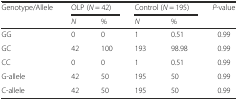
| <ROWSPAN=2> Genotype/Allele | <COLSPAN=2> OLP (N = 42) | <COLSPAN=2> Control (N = 195) | <ROWSPAN=2> P-value |
 | N | % | N | % |
 | --- | --- | --- | --- | --- | --- |
 | GG | 0 | 0 | 1 | 0.51 | 0.99 |
 | GC | 42 | 100 | 193 | 98.98 | 0.99 |
 | CC | 0 | 0 | 1 | 0.51 | 0.99 |
 | G-allele | 42 | 50 | 195 | 50 | 0.99 |
 | C-allele | 42 | 50 | 195 | 50 | 0.99 |